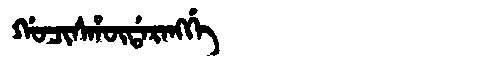
Manchu: ᡤᠣᠴᡳᠰᡥᡡᡩᠠᡵᠠᠩᡤᡝ
Romanization: GOCISHŪDARANGGE